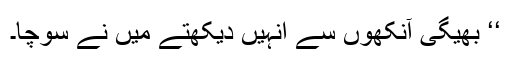
‘‘ بھیگی آنکھوں سے انہیں دیکھتے میں نے سوچا۔